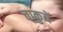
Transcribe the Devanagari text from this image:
चाकुयें